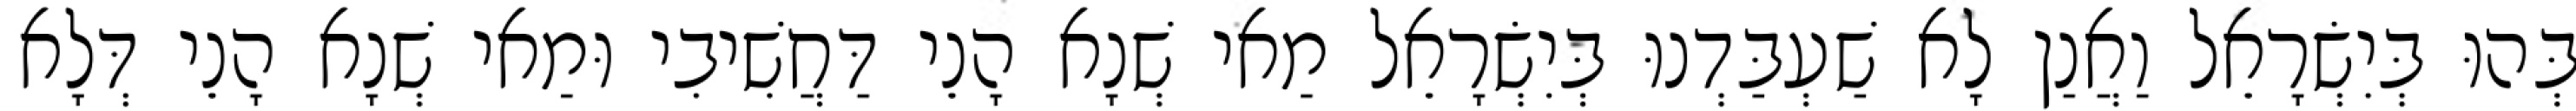
בְּהוּ בְּיִשְׂרָאֵל וַאֲנַן לָא שַׁעְבַּדְנוּ בְּיִשְׂרָאֵל מַאי שְׁנָא הָנֵי דַּחֲשִׁיבִי וּמַאי שְׁנָא הָנֵי דְּלָא